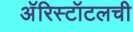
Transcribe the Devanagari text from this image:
अॅरिस्टॉटलची